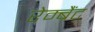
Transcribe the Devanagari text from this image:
रेम्ब्रैंट